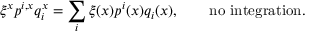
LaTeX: \xi ^ { x } p ^ { i , x } q _ { i } ^ { x } = \sum _ { i } \xi ( x ) p ^ { i } ( x ) q _ { i } ( x ) , \qquad \mathrm { n o ~ i n t e g r a t i o n . }